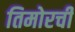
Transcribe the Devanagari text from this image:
तिमोरची